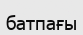
батпағы